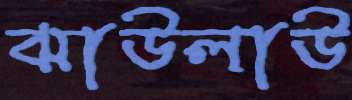
ঝাউলাউ